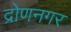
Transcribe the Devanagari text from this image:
द्रोणनगर